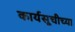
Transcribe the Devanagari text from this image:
कार्यसूचीच्या